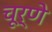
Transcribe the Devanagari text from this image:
चूर्णे